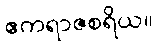
ဧကရာဇစရိယ။